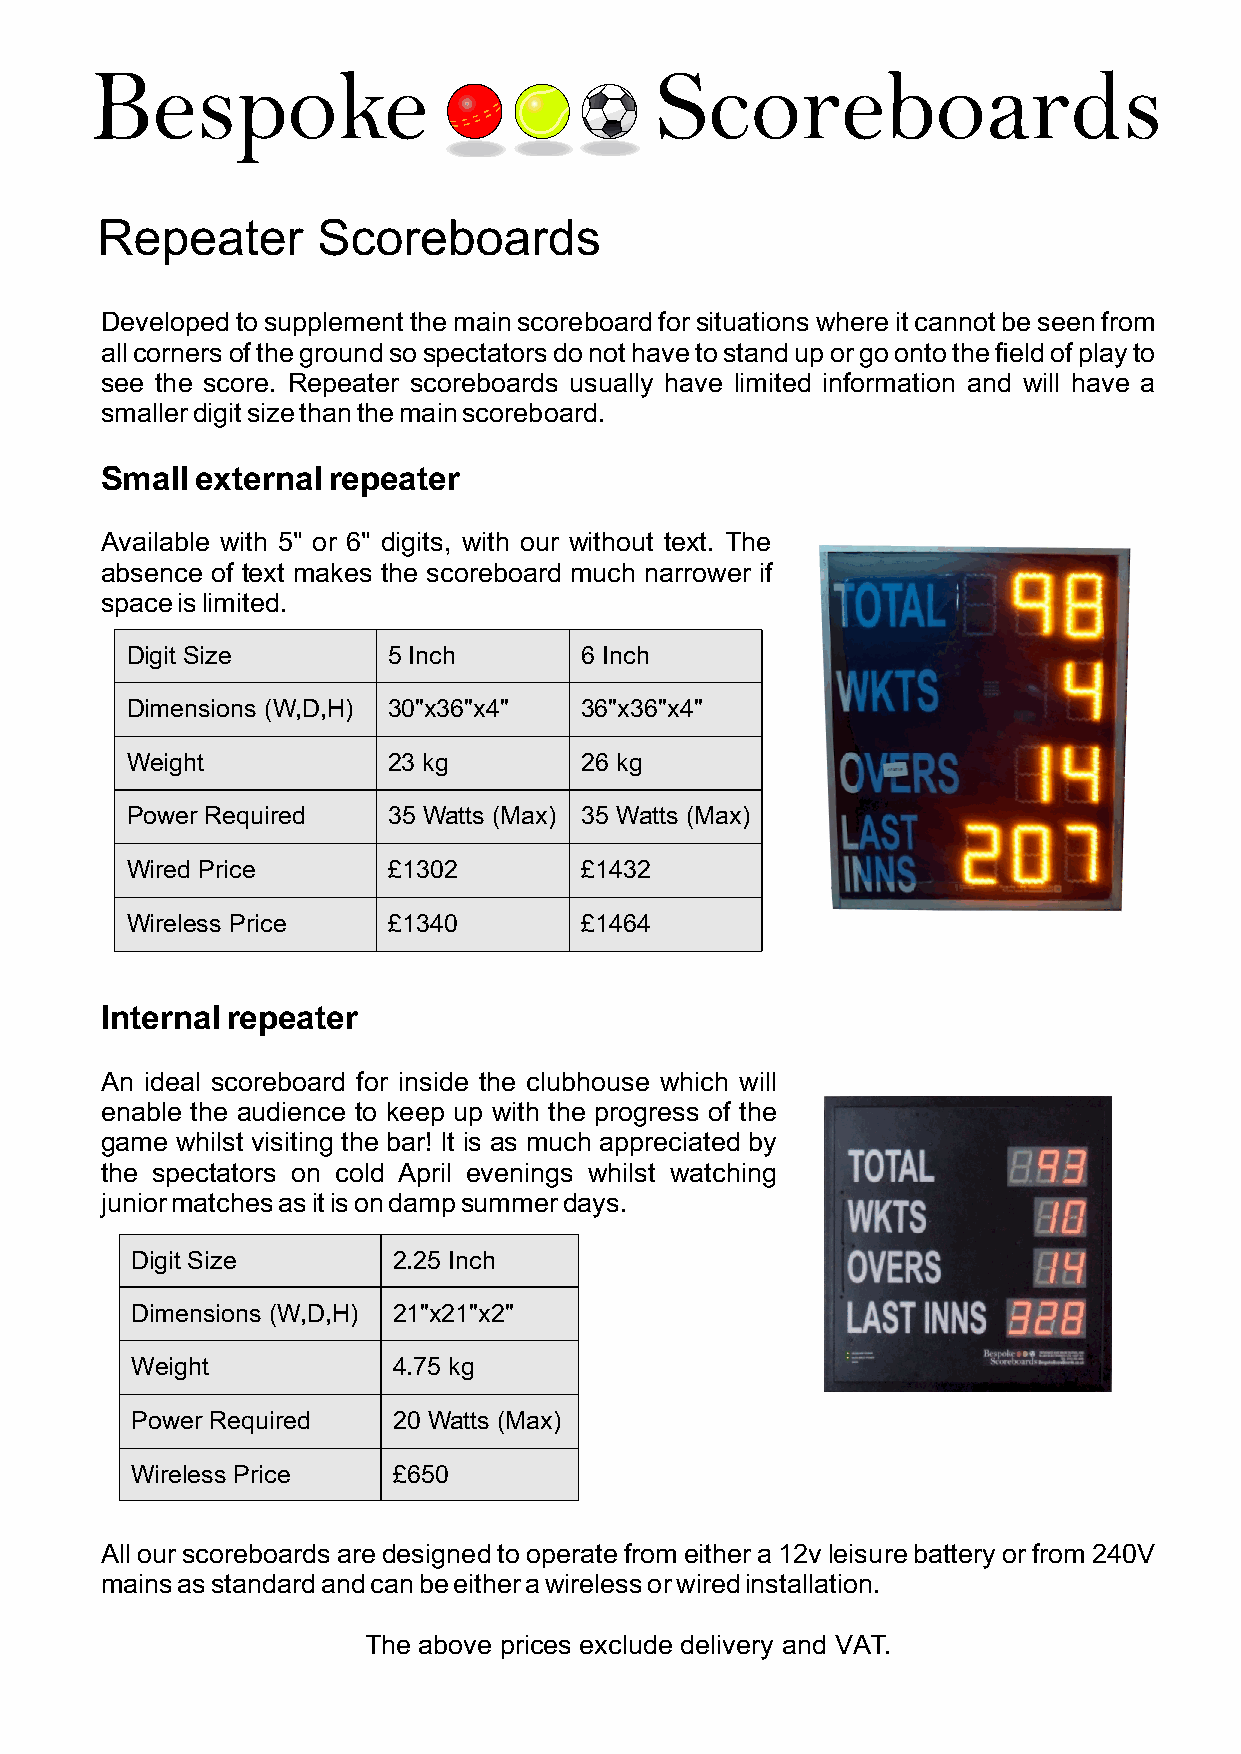
Bespoke                              Scoreboards
 Repeater       Scoreboards
 Developed to supplement the main scoreboard for situations where it cannot be seen from
 all corners of the ground so spectators do not have to stand up or go onto the field of play to
 see the score. Repeater scoreboards usually have limited information and will have a
 smaller digit size than the main scoreboard.
 Small external repeater
 Available with 5" or 6" digits, with our without text. The
 absence of text makes the scoreboard much narrower if
 space is limited.
 Digit Size        5 Inch      6 Inch
 Dimensions (W,D,H) 30"x36"x4" 36"x36"x4"
 Weight            23 kg       26 kg
 Power Required    35 Watts (Max) 35 Watts (Max)
 Wired Price       £1302       £1432
 Wireless Price    £1340       £1464
 Internal repeater
 An ideal scoreboard for inside the clubhouse which will
 enable the audience to keep up with the progress of the
 game whilst visiting the bar! It is as much appreciated by
 the spectators on cold April evenings whilst watching
 junior matches as it is on damp summer days.
 Digit Size       2.25 Inch
 Dimensions (W,D,H) 21"x21"x2"
 Weight           4.75 kg
 Power Required   20 Watts (Max)
 Wireless Price   £650
 All our scoreboards are designed to operate from either a 12v leisure battery or from 240V
 mains as standard and can be either a wireless or wired installation.
 The above prices exclude delivery and VAT.